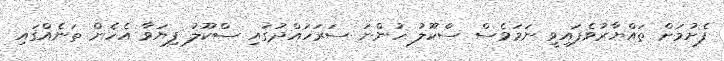
ފެށުމަށް ތައްޔާރުވެފައިވީ ނަމަވެސް ސްކޫލު ހުންނަ ސަރަހައްދުގައި ސްކޫލު ފިޔަވާ އެހެން ތަނެއްގައި